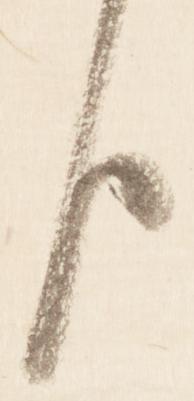
臣